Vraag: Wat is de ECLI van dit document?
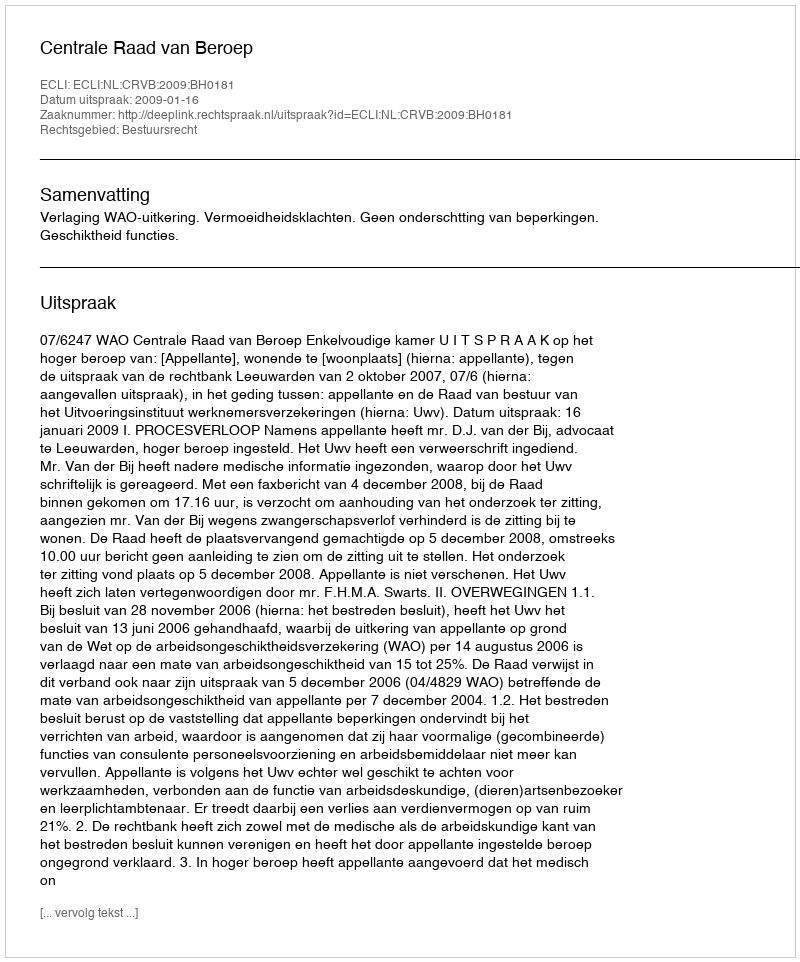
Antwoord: ECLI:NL:CRVB:2009:BH0181